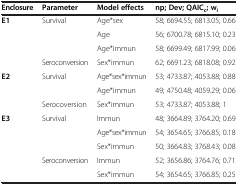
<table><thead><tr><td><b>Enclosure</b></td><td><b>Parameter</b></td><td><b>Model effects</b></td><td><b>np; Dev; QAIC<sub>c</sub>; w<sub>i</sub></b></td></tr></thead><tbody><tr><td><b>E1</b></td><td>Survival</td><td>Age*sex</td><td>58; 6694.55; 6813.05; 0.66</td></tr><tr><td> </td><td> </td><td>Age</td><td>56; 6700.78; 6815.10; 0.23</td></tr><tr><td> </td><td> </td><td>Age*immun</td><td>58; 6699.49; 6817.99; 0.06</td></tr><tr><td> </td><td>Seroconversion</td><td>Sex*immun</td><td>62; 6691.23; 6818.08; 0.92</td></tr><tr><td><b>E2</b></td><td>Survival</td><td>Age*sex*immun</td><td>53; 4733.87; 4053.88; 0.88</td></tr><tr><td> </td><td> </td><td>Age*immun</td><td>49; 4750.48; 4059.29; 0.06</td></tr><tr><td> </td><td>Serocoversion</td><td>Sex*immun</td><td>53; 4733.87; 4053.88; 1</td></tr><tr><td><b>E3</b></td><td>Survival</td><td>Immun</td><td>48; 3664.89; 3764.20; 0.69</td></tr><tr><td> </td><td> </td><td>Age*sex*immun</td><td>54; 3654.65; 3766.85; 0.18</td></tr><tr><td> </td><td> </td><td>Sex*immun</td><td>50; 3664.83; 3768.43; 0.08</td></tr><tr><td> </td><td>Seroconversion</td><td>Immun</td><td>52; 3656.86; 3764.76; 0.71</td></tr><tr><td> </td><td> </td><td>Sex*immun</td><td>54; 3654.65; 3766.85; 0.25</td></tr></tbody></table>